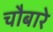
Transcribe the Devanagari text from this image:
चौबारे